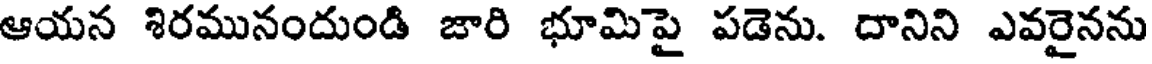
ఆయన శిరమునందుండి జారి భూమిపై పడెను. దానిని ఎవరైనను